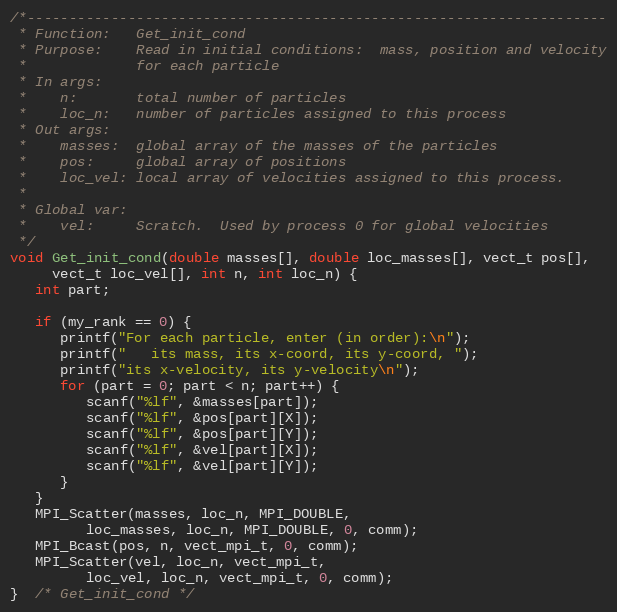
Language: C
/*---------------------------------------------------------------------
 * Function:   Get_init_cond
 * Purpose:    Read in initial conditions:  mass, position and velocity
 *             for each particle
 * In args:
 *    n:       total number of particles
 *    loc_n:   number of particles assigned to this process
 * Out args:
 *    masses:  global array of the masses of the particles
 *    pos:     global array of positions
 *    loc_vel: local array of velocities assigned to this process.
 *
 * Global var:
 *    vel:     Scratch.  Used by process 0 for global velocities
 */
void Get_init_cond(double masses[], double loc_masses[], vect_t pos[],
     vect_t loc_vel[], int n, int loc_n) {
   int part;

   if (my_rank == 0) {
      printf("For each particle, enter (in order):\n");
      printf("   its mass, its x-coord, its y-coord, ");
      printf("its x-velocity, its y-velocity\n");
      for (part = 0; part < n; part++) {
         scanf("%lf", &masses[part]);
         scanf("%lf", &pos[part][X]);
         scanf("%lf", &pos[part][Y]);
         scanf("%lf", &vel[part][X]);
         scanf("%lf", &vel[part][Y]);
      }
   }
   MPI_Scatter(masses, loc_n, MPI_DOUBLE,
         loc_masses, loc_n, MPI_DOUBLE, 0, comm);
   MPI_Bcast(pos, n, vect_mpi_t, 0, comm);
   MPI_Scatter(vel, loc_n, vect_mpi_t,
         loc_vel, loc_n, vect_mpi_t, 0, comm);
}  /* Get_init_cond */